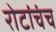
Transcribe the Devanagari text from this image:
रोटांचंच